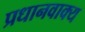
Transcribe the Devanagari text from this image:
प्रधानवाक्य